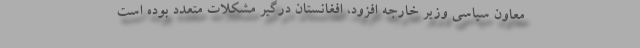
معاون سیاسی وزیر خارجه افزود، افغانستان درگیر مشکلات متعدد بوده است